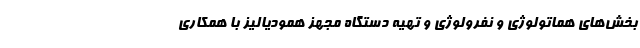
بخش‌های هماتولوژی و نفرولوژی و تهیه دستگاه مجهز همودیالیز با همکاری